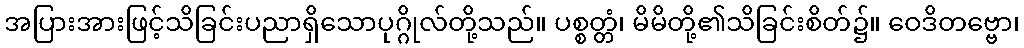
အပြားအားဖြင့်သိခြင်းပညာရှိသောပုဂ္ဂိုလ်တို့သည်။ ပစ္စတ္တံ၊ မိမိတို့၏သိခြင်းစိတ်၌။ ဝေဒိတဗ္ဗော၊